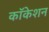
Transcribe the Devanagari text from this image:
कॉकेशन